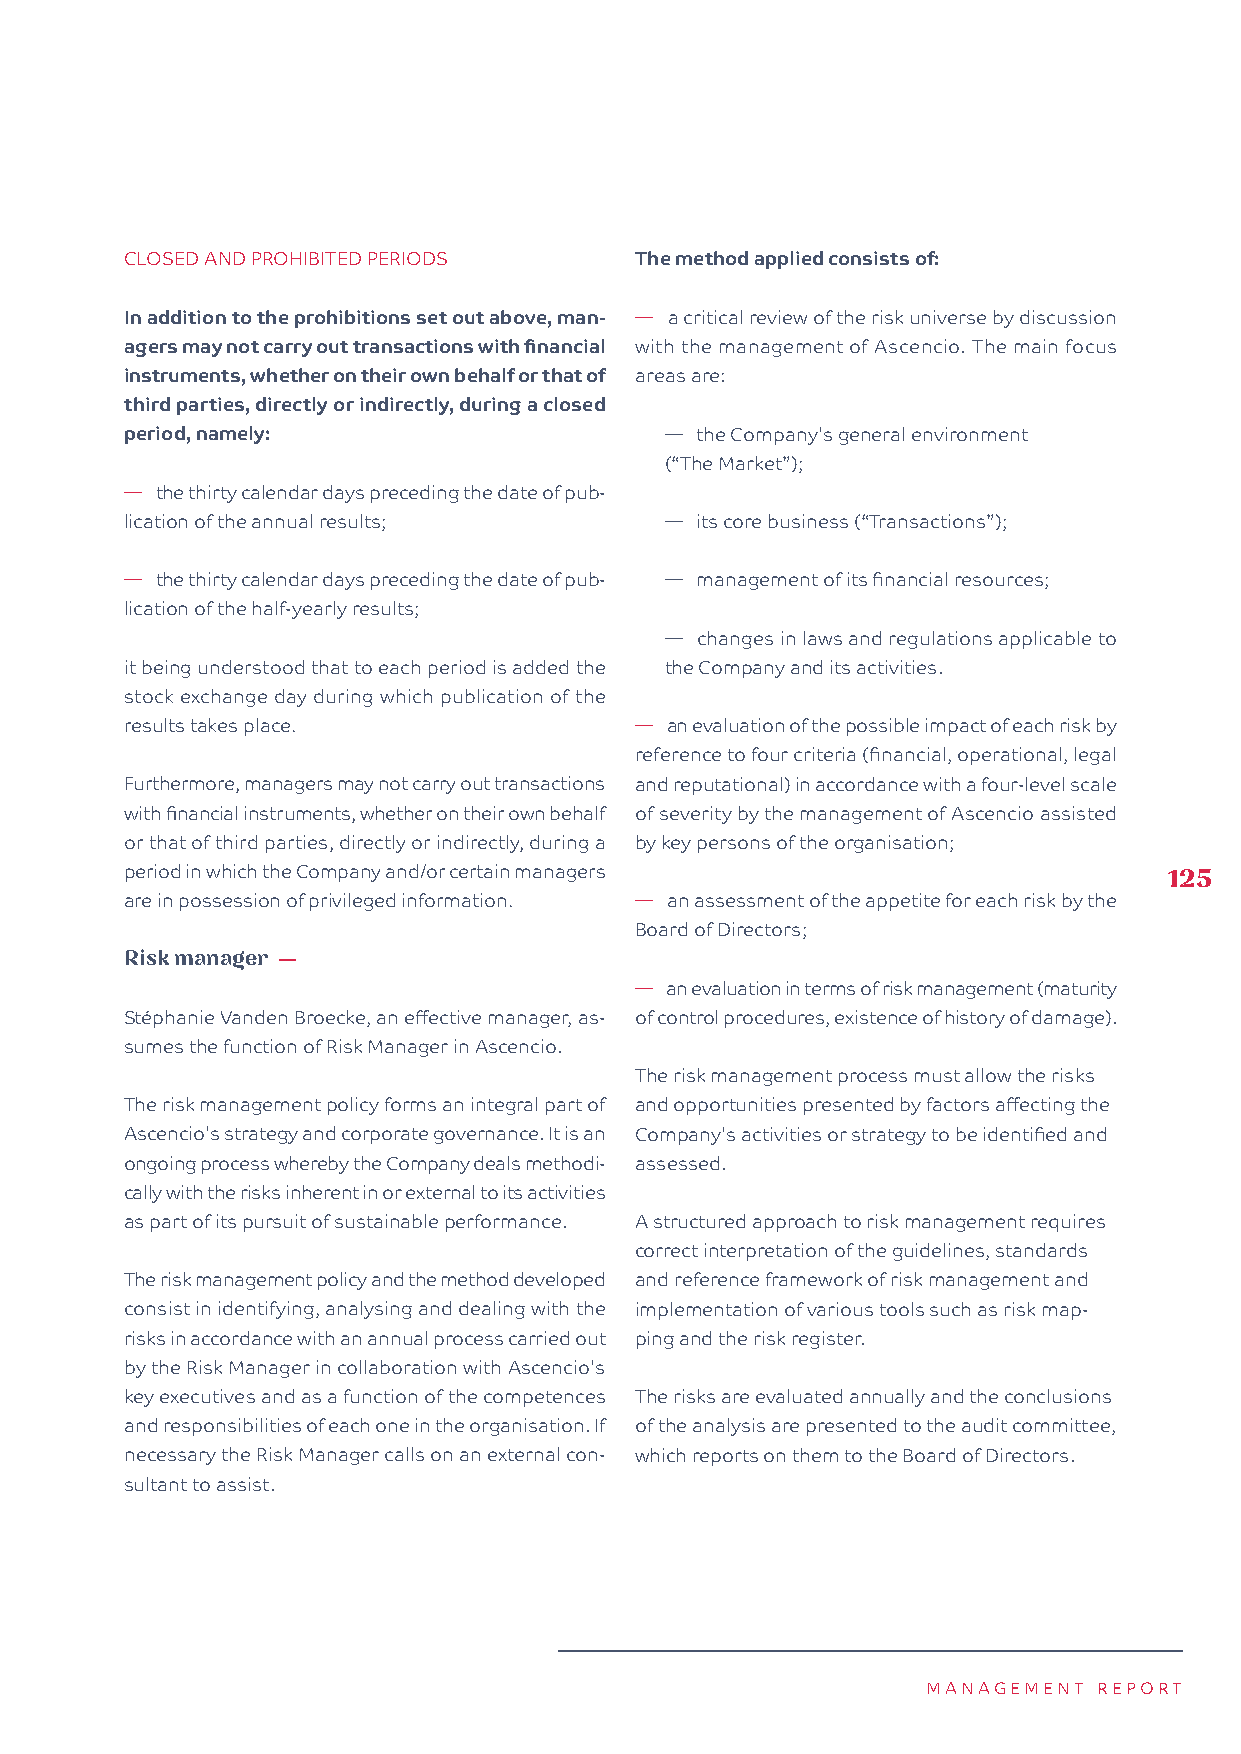
CLOSED AND PROHIBITED PERIODS     The method applied consists of:
 In addition to the prohibitions set out above, man- � a critical review of the risk universe by discussion
 agers may not carry out transactions with financial with the management of Ascencio. The main focus
 instruments, whether on their own behalf or that of areas are:
 third parties, directly or indirectly, during a closed
 period, namely:                     � the Company's general environment
 (“The Market”);
 � the thirty calendar days preceding the date of pub-
 lication of the annual results;     � its core business (“Transactions”);
 � the thirty calendar days preceding the date of pub- � management of its financial resources;
 lication of the half-yearly results;
 � changes in laws and regulations applicable to
 it being understood that to each period is added the the Company and its activities.
 stock exchange day during which publication of the
 results takes place.              � an evaluation of the possible impact of each risk by
 reference to four criteria (financial, operational, legal
 Furthermore, managers may not carry out transactions and reputational) in accordance with a four-level scale
 with financial instruments, whether on their own behalf of severity by the management of Ascencio assisted
 or that of third parties, directly or indirectly, during a by key persons of the organisation;
 period in which the Company and/or certain managers                  125
 are in possession of privileged information. � an assessment of the appetite for each risk by the
 Board of Directors;
 Risk manager —
 � an evaluation in terms of risk management (maturity
 Stéphanie Vanden Broecke, an effective manager, as- of control procedures, existence of history of damage).
 sumes the function of Risk Manager in Ascencio.
 The risk management process must allow the risks
 The risk management policy forms an integral part of and opportunities presented by factors affecting the
 Ascencio's strategy and corporate governance. It is an Company's activities or strategy to be identified and
 ongoing process whereby the Company deals methodi- assessed.
 cally with the risks inherent in or external to its activities
 as part of its pursuit of sustainable performance. A structured approach to risk management requires
 correct interpretation of the guidelines, standards
 The risk management policy and the method developed and reference framework of risk management and
 consist in identifying, analysing and dealing with the implementation of various tools such as risk map-
 risks in accordance with an annual process carried out ping and the risk register.
 by the Risk Manager in collaboration with Ascencio's
 key executives and as a function of the competences The risks are evaluated annually and the conclusions
 and responsibilities of each one in the organisation. If of the analysis are presented to the audit committee,
 necessary the Risk Manager calls on an external con- which reports on them to the Board of Directors.
 sultant to assist.
 MANAGEMENT  REPORT